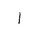
Letter: _alif